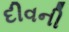
દીવની